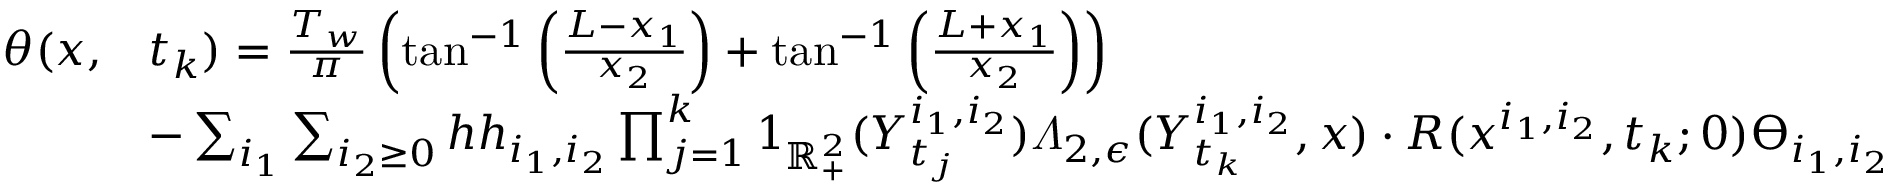
\begin{array} { r l } { \theta ( x , } & { t _ { k } ) = \frac { T _ { w } } { \pi } \left( \tan ^ { - 1 } \left( \frac { L - x _ { 1 } } { x _ { 2 } } \right) + \tan ^ { - 1 } \left( \frac { L + x _ { 1 } } { x _ { 2 } } \right) \right) } \\ & { - \sum _ { i _ { 1 } } \sum _ { i _ { 2 } \geq 0 } h h _ { i _ { 1 } , i _ { 2 } } \prod _ { j = 1 } ^ { k } 1 _ { \mathbb { R } _ { + } ^ { 2 } } ( Y _ { t _ { j } } ^ { i _ { 1 } , i _ { 2 } } ) \varLambda _ { 2 , \epsilon } ( Y _ { t _ { k } } ^ { i _ { 1 } , i _ { 2 } } , x ) \cdot R ( x ^ { i _ { 1 } , i _ { 2 } } , t _ { k } ; 0 ) \varTheta _ { i _ { 1 } , i _ { 2 } } } \end{array}